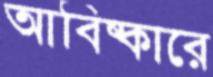
আবিষ্কারে